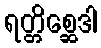
ရတ္တိစ္ဆေဒါ